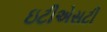
ઇટીએસટી